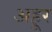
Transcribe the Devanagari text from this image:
अहूर